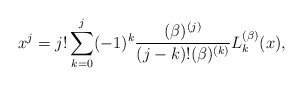
\begin{align*}x^{j}\allowbreak =\allowbreak j!\sum_{k=0}^{j}(-1)^{k}\frac{(\beta )^{(j)}}{(j-k)!(\beta )^{(k)}}L_{k}^{(\beta )}(x), \end{align*}